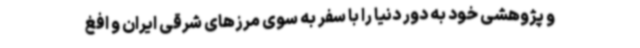
و پژوهشی خود به دور دنیا را با سفر به سوی مرزهای شرقی ایران و افغ